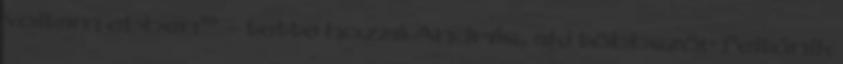
voltam ebben” – tette hozzá András, aki többször feltűnik